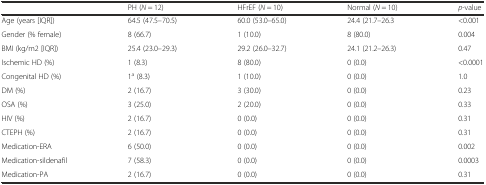
|  | PH (N = 12) | HFrEF (N = 10) | Normal (N = 10) | p-value |
 | --- | --- | --- | --- | --- |
 | Age (years [IQR]) | 64.5 (47.5–70.5) | 60.0 (53.0–65.0) | 24.4 (21.7–26.3 | <0.001 |
 | Gender (% female) | 8 (66.7) | 1 (10.0) | 8 (80.0) | 0.004 |
 | BMI (kg/m2 [IQR]) | 25.4 (23.0–29.3) | 29.2 (26.0–32.7) | 24.1 (21.2–26.3) | 0.47 |
 | Ischemic HD (%) | 1 (8.3) | 8 (80.0) | 0 (0.0) | <0.0001 |
 | Congenital HD (%) | 1a (8.3) | 1 (10.0) | 0 (0.0) | 1.0 |
 | DM (%) | 2 (16.7) | 3 (30.0) | 0 (0.0) | 0.23 |
 | OSA (%) | 3 (25.0) | 2 (20.0) | 0 (0.0) | 0.33 |
 | HIV (%) | 2 (16.7) | 0 (0.0) | 0 (0.0) | 0.31 |
 | CTEPH (%) | 2 (16.7) | 0 (0.0) | 0 (0.0) | 0.31 |
 | Medication-ERA | 6 (50.0) | 0 (0.0) | 0 (0.0) | 0.002 |
 | Medication-sildenafil | 7 (58.3) | 0 (0.0) | 0 (0.0) | 0.0003 |
 | Medication-PA | 2 (16.7) | 0 (0.0) | 0 (0.0) | 0.31 |